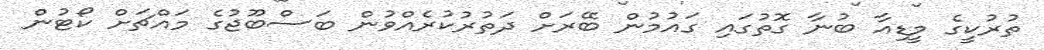
ތުރުކީގެ މީޑިއާ ބުނާ ގޮތުގައި ގައުމުން ބޭރަށް ދަތުރުކުރެއްވުން ބަސްބޫޖުގެ މައްޗަށް ކޯޓުން